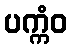
ပက္ကံဝ